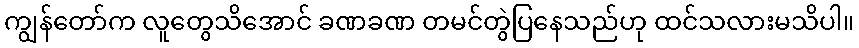
ကျွန်တော်က လူတွေသိအောင် ခဏခဏ တမင်တွဲပြနေသည်ဟု ထင်သလားမသိပါ။